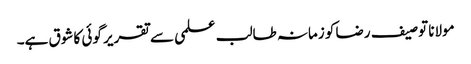
مولانا توصیف رضا کو زمانہ طالب علمی سے تقریر گوئی کا شوق ہے۔